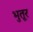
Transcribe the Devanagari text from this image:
भुतूर